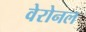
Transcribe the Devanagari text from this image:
वेरोनल